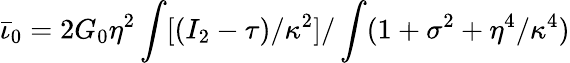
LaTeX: \bar{\iota}_{0}=2G_{0}\eta^{2}\int[(I_{2}-\tau)/\kappa^{2}]/\int(1+\sigma^{2}+\eta^{4}/\kappa^{4})